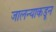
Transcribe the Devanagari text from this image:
जालन्याकडून